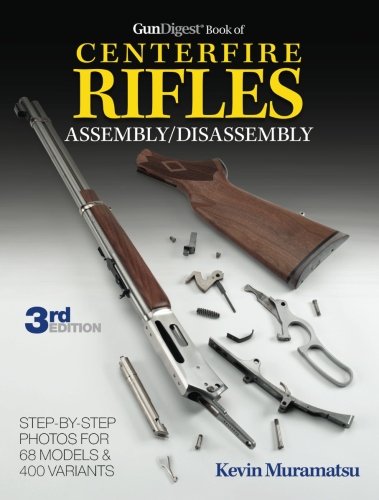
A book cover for The Gun Digest Book of Centerfire Rifles Assembly/Disassembly; Kevin Muramatsu; Crafts, Hobbies & Home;